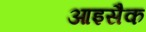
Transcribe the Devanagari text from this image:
आइसैक